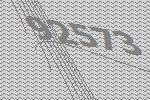
92573